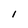
Character: I